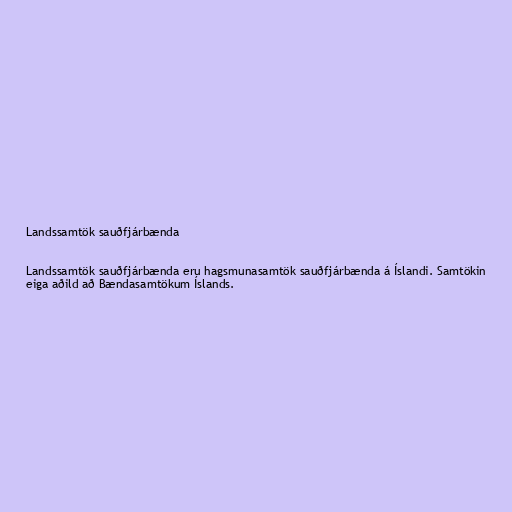
Landssamtök sauðfjárbænda

Landssamtök sauðfjárbænda eru hagsmunasamtök sauðfjárbænda á Íslandi. Samtökin
eiga aðild að Bændasamtökum Íslands.